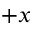
+ x